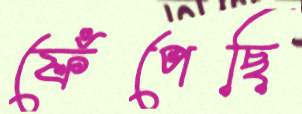
ফেঁপেছি